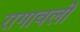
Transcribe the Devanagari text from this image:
रागावली